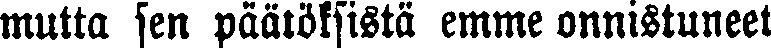
mutta sen päätöksistä emme onnistuneet